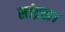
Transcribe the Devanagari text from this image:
सांद्रता।